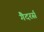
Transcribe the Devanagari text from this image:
गैदरर्स